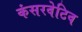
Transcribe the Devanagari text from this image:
कंसरवेटिव